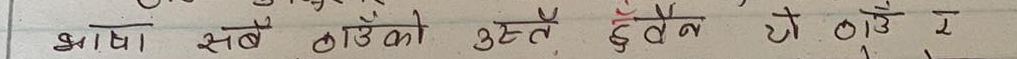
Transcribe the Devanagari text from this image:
भाषा । सबै ठाउँको उत्तै देवैन हो ठाउँ रै